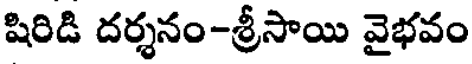
షిరిడి దర్శనం-శ్రీసాయి వైభవం